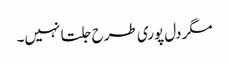
مگر دل پوری طرح جلتا نہیں۔